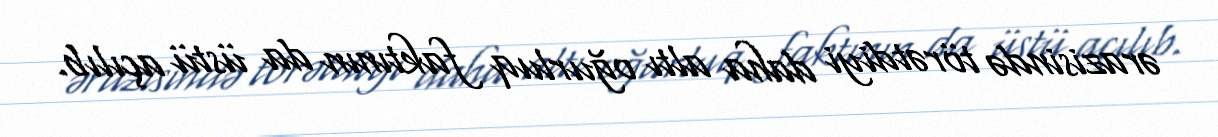
ərazisində törətdiyi daha altı oğurluq faktının da üstü açılıb.